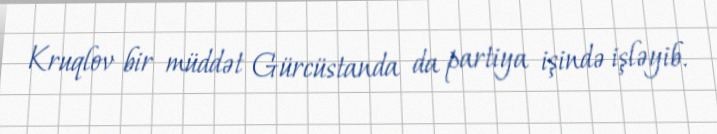
Kruqlov bir müddət Gürcüstanda da partiya işində işləyib.